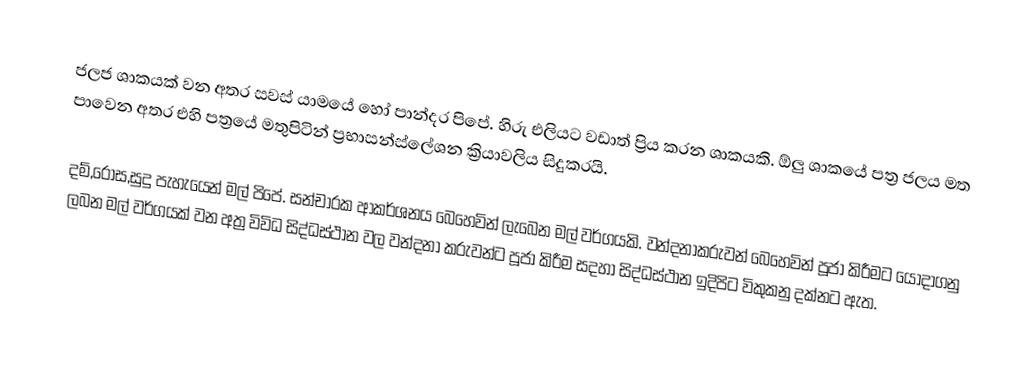
ජලජ ශාකයක් වන අතර සවස් යාමයේ හෝ පාන්දර පිපේ. හිරු එලියට වඩාත් ප්‍රිය කරන ශාකයකි. ඕලු ශාකයේ පත්‍ර ජලය මත පාවෙන අතර එහි පත්‍රයේ මතුපිටින් ප්‍රභාසන්ස්ලේශන ක්‍රියාවලිය සිදුකරයි.

දම්,රෝස,සුදු පැහැයෙන් මල් පිපේ. සන්චාරක ආකර්ශනය බෙහෙවින් ලැබෙන මල් වර්ගයකි. වන්දනාකරුවන් බෙහෙවින් පූජා කිරීමට යොදාගනු ලබන මල් වර්ගයක් වන අත්‍ර විවිධ සිද්ධස්ථාන වල වන්දනා කරුවන්ට පූජා කිරීම සදහා සිද්ධස්ථාන ඉදිපිට විකුකනු දක්නට ඇත.